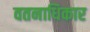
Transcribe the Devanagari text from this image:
वतनाधिकार